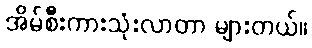
အိမ်စီးကားသုံးလာတာ များတယ်။